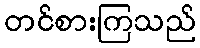
တင်စားကြသည်